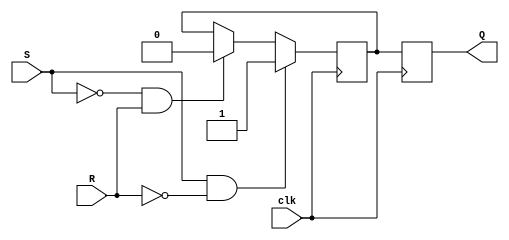
module sr_flipflop (
    input S, R, clk,
    output reg Q
);

reg Q_master, Q_slave;

// Master stage
always @(posedge clk)
begin
    if (S && !R)
        Q_master <= 1;
    else if (!S && R)
        Q_master <= 0;
end

// Slave stage
always @(posedge clk)
begin
    Q_slave <= Q_master;
end

assign Q = Q_slave;

endmodule